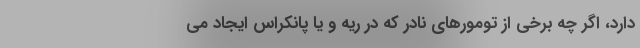
دارد، اگر چه برخی از تومورهای نادر که در ریه و یا پانکراس ایجاد می